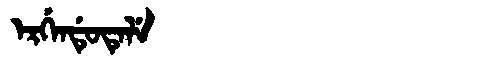
Manchu: ᡝᡵᡤᡝᠨᡩᡠᡨᡝᠯᡝ
Romanization: ERGENDUTELE